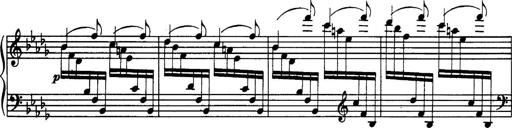
Title: 3 Sonatinas, Op.67
Composer: Jean Sibelius